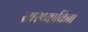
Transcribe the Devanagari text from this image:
सारथ्याविना